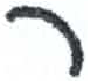
אות: ר